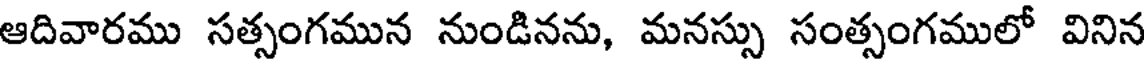
ఆదివారము సత్సంగమున నుండినను, మనస్సు సంత్సంగములో వినిన